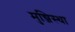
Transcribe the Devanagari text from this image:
मुन्जिस्था